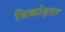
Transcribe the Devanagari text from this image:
सिकोड़ता